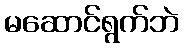
မဆောင်ရွက်ဘဲ